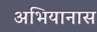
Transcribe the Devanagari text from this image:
अभियानास